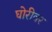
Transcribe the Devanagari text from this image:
घोरीवर